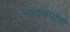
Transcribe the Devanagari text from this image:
सद्‌रुपांची